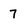
Character: 7